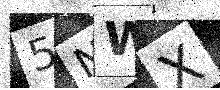
Text: 5NWX